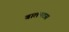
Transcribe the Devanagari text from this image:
बालनटस